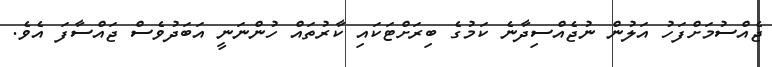
ޖެއްސުމަށްފަހު އަލުން ނުޖެއްސިދާނެ ކަމުގެ ބިރަށްޓަކައި ކާރުތައް ހުންނަނީ އަބަދުވެސް ޖައްސާފަ އެވެ.